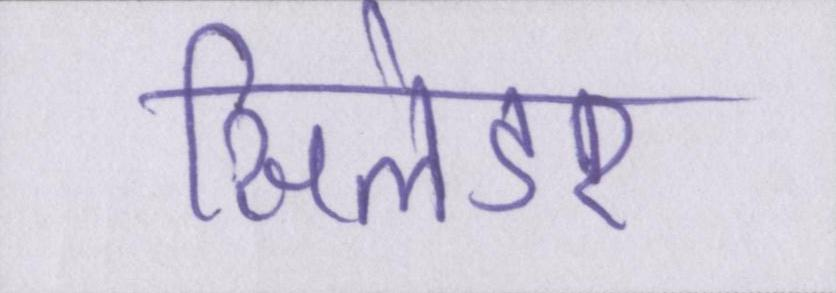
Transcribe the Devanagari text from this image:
सिलेंडर